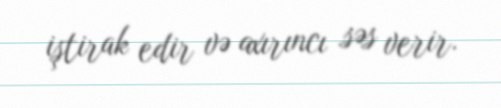
iştirak edir və axırıncı səs verir.